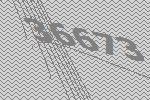
36673